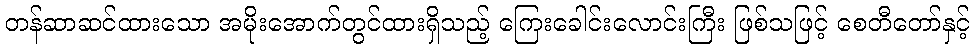
တန်ဆာဆင်ထားသော အမိုးအောက်တွင်ထားရှိသည့် ကြေးခေါင်းလောင်းကြီး ဖြစ်သဖြင့် စေတီတော်နှင့်